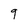
Character: 9